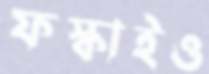
ফস্‌কাইও